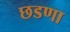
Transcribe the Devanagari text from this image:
छडणा